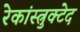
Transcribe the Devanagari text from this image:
रेकांस्त्रुक्टेद